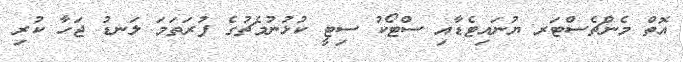
އޮތް މެންޗެސްޓަރ ޔުނައިޓެޑާއި ސްޓޯކު ސިޓީ ކުޅުނުމެޗުގެ ފުރަތަމަ ލަނޑު ޖަހާ ކުރި